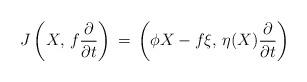
LaTeX: \begin{align*} J \left( X,\, f\frac{\partial}{\partial t} \right)\,=\, \left(\phi X - f \xi,\, \eta (X) \frac {\partial} {\partial t} \right)\end{align*}